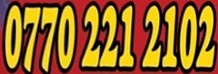
0770 221 2102